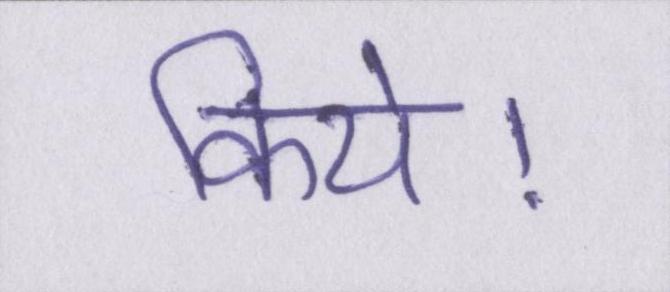
किये।